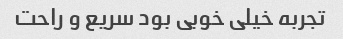
تجربه خیلی خوبی بود سریع و راحت